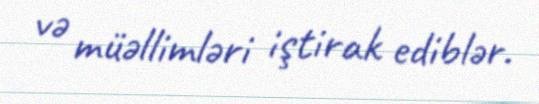
və müəllimləri iştirak ediblər.